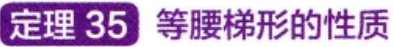
定理 35 等腰梯形的性质